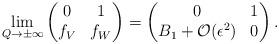
LaTeX: \begin{align*}\lim_{Q\to \pm \infty} \begin{pmatrix}0 & 1\\f_{V} & f_{W}\end{pmatrix}=\begin{pmatrix}0 & 1\\B_1 + \mathcal{O}(\epsilon^2) & 0\end{pmatrix}.\end{align*}